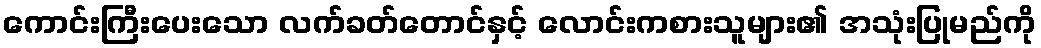
ကောင်းကြီးပေးသော လက်ခတ်တောင်နှင့် လောင်းကစားသူများ၏ အသုံးပြုမည်ကို